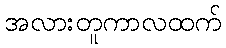
အလားတူကာလထက်